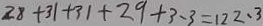
2 8 + 3 1 + 3 1 + 2 9 + 3 . 3 = 1 2 2 . 3